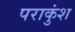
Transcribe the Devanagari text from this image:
पराकुंश